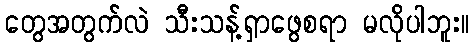
တွေအတွက်လဲ သီးသန့်ရှာဖွေစရာ မလိုပါဘူး။